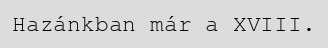
Hazánkban már a XVIII.